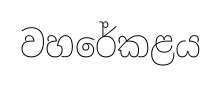
වහරේකළය